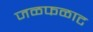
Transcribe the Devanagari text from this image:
जळफळाट